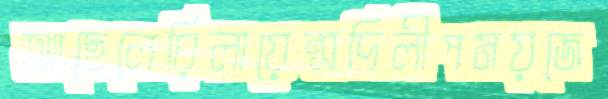
আছেলেরিলায়েন্সদিলীপময়জে